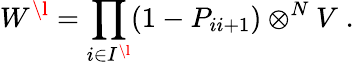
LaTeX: W^{\l}=\prod_{i\in I^{\l}}(1-P_{ii+1})\otimes^{N}V\; .